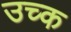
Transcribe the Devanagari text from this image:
उच्क